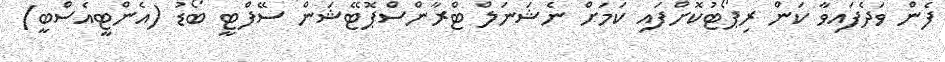
ފެން ވަދެފައިވާ ކަން ރިޕޯޓުކޮށްފައި ކަމަށް ނެޝަނަލް ޓްރާންސްޕޮޓޭޝަން ސޭފްޓީ ބޯޑު (އެންޓީއެސްބީ)